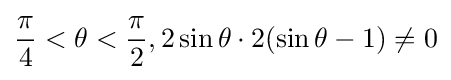
{\frac {\pi }{4}}<\theta <{\frac {\pi }{2}},2\sin \theta \cdot 2(\sin \theta -1)\neq 0